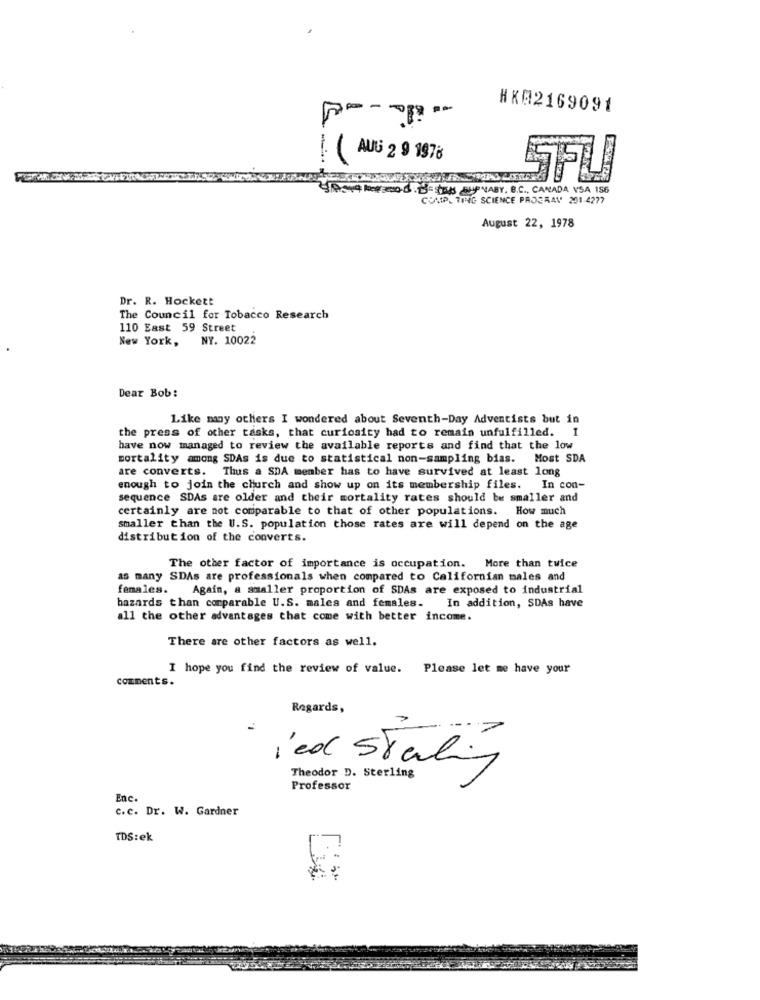
HK02169091
( AUG 2 9 1976
SFU
STRONA PetFood .- LES SU NABY. B.C ., CANADA VSA 156
COMPL TING SCIENCE PROGRAV 201-4277
August 22, 1978
Dr. R. Hockett
The Council for Tobacco Research
110 East 59 Street
New York,
NY. 10022
Dear Bob:
Like many others I wondered about Seventh-Day Adventists but in
the press of other tasks, that curiosity had to remain unfulfilled. I
have now managed to review the available reports and find that the low
mortality among SDAs is due to statistical non-sampling bias. Most SDA
are converts. Thus a SDA member has to have survived at least long
enough to join the church and show up on its membership files. In con-
sequence SDAs are older and their mortality rates should be smaller and
certainly are not comparable to that of other populations. How much
smaller than the U.S. population those rates are will depend on the age
distribution of the converts.
The other factor of importance is occupation.
. More than twice
as many SDAs are professionals when compared to Californian males and
females.
Again, a smaller proportion of SDAs are exposed to industrial
hazards than comparable U.S. males and females. In addition, SDAs have
all the other advantages that come with better income.
There are other factors as well.
I hope you find the review of value.
Please let me have your
comments.
Regards,
-
led Stating
Theodor D. Sterling
Professor
Enc.
c.c. Dr. W. Gardner
TDS:ek